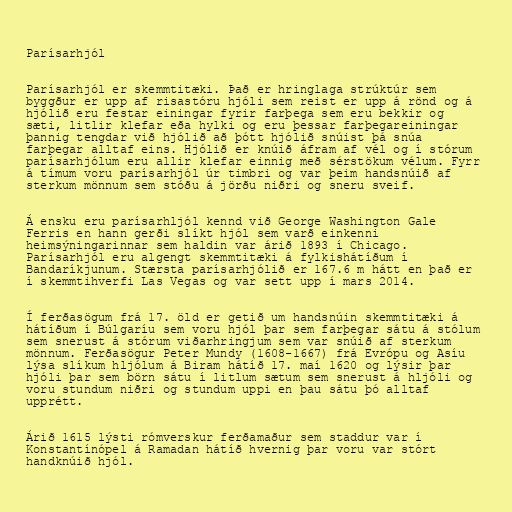
Parísarhjól

Parísarhjól er skemmtitæki. Það er hringlaga strúktúr sem
byggður er upp af risastóru hjóli sem reist er upp á rönd og á
hjólið eru festar einingar fyrir farþega sem eru bekkir og
sæti, litlir klefar eða hylki og eru þessar farþegareiningar
þannig tengdar við hjólið að þótt hjólið snúist þá snúa
farþegar alltaf eins. Hjólið er knúið áfram af vél og í stórum
parísarhjólum eru allir klefar einnig með sérstökum vélum. Fyrr
á tímum voru parísarhjól úr timbri og var þeim handsnúið af
sterkum mönnum sem stóðu á jörðu niðri og sneru sveif.

Á ensku eru parísarhljól kennd við George Washington Gale
Ferris en hann gerði slíkt hjól sem varð einkenni
heimsýningarinnar sem haldin var árið 1893 í Chicago.
Parísarhjól eru algengt skemmtitæki á fylkishátíðum í
Bandaríkjunum. Stærsta parísarhjólið er 167.6 m hátt en það er
í skemmtihverfi Las Vegas og var sett upp í mars 2014.

Í ferðasögum frá 17. öld er getið um handsnúin skemmtitæki á
hátíðum í Búlgaríu sem voru hjól þar sem farþegar sátu á stólum
sem snerust á stórum viðarhringjum sem var snúið af sterkum
mönnum. Ferðasögur Peter Mundy (1608-1667) frá Evrópu og Asíu
lýsa slíkum hljólum á Biram hátíð 17. maí 1620 og lýsir þar
hjóli þar sem börn sátu í litlum sætum sem snerust á hljóli og
voru stundum niðri og stundum uppi en þau sátu þó alltaf
upprétt.

Árið 1615 lýsti rómverskur ferðamaður sem staddur var í
Konstantínópel á Ramadan hátíð hvernig þar voru var stórt
handknúið hjól.